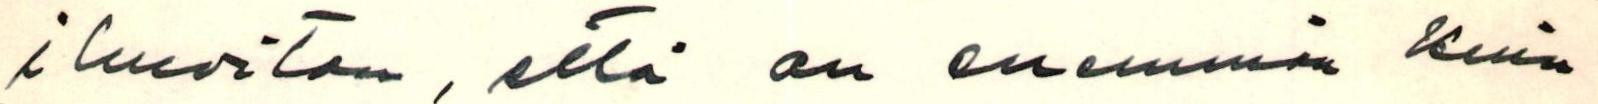
ilmoitan, että on enemmän kuin